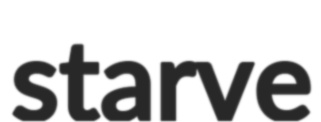
starve